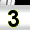
Digit: 3